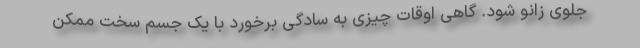
جلوی زانو شود. گاهی اوقات چیزی به سادگی برخورد با یک جسم سخت ممکن